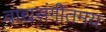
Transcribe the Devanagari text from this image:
वाद्यसंगीतमय